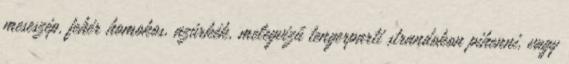
meseszép, fehér homokos, azúrkék, melegvizű tengerparti strandokon pihenni, vagy